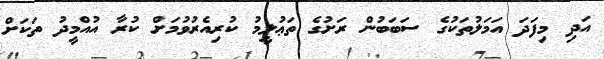
އަދި މިފަދަ އަމަލުތަކުގެ ސަބަބުން ރަށުގެ ތަޢުލީމު ކުރިއެރުވުމަށް ކުރާ އުއްމީދު ތަކަށް